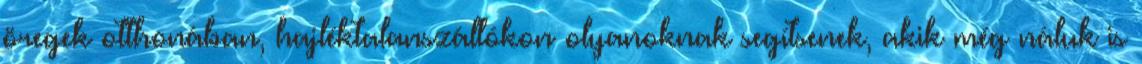
öregek otthonában, hajléktalanszállókon olyanoknak segítsenek, akik még náluk is